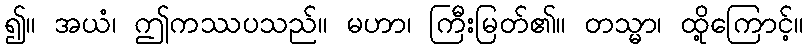
၍။ အယံ၊ ဤကဿပသည်။ မဟာ၊ ကြီးမြတ်၏။ တသ္မာ၊ ထို့ကြောင့်။